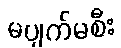
မပျက်မစီး